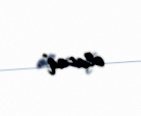
olacaq".